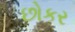
છોકર